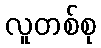
လူတစ်စု